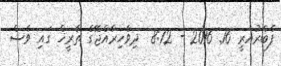
ފެބްރުއަރީ 16